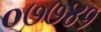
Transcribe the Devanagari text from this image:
०७७४१